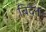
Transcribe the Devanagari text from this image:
बिदेन